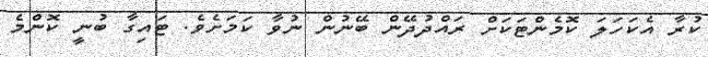
ކުރާ އެކަހަލަ ކޮމެންޓަކަށް ރައްދުދޭން ބޭނުން ނުވާ ކަމަށެވެ. ޓައިގާ ބުނީ ކޮންމެ